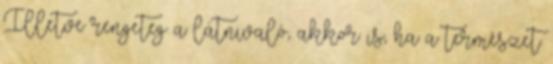
Illetve rengeteg a látnivaló, akkor is, ha a természet